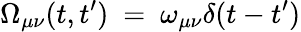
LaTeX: \Omega_{\mu\nu}(t,t^{\prime})~=~\omega_{\mu\nu}\delta(t-t^{\prime})